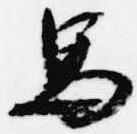
馬